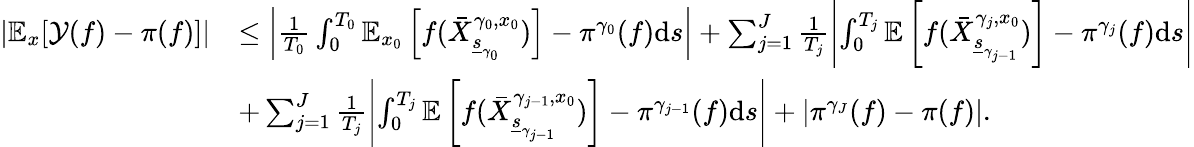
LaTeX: \begin{array}{rl}{\left|\mathbb{E}_{x}[\mathcal{Y}(f)-\pi(f)]\right|}&{\le\left|\frac{1}{T_{0}}\int_{0}^{T_{0}}\mathbb{E}_{x_{0}}\left[f(\bar{X}_{\underline{{s}}_{\gamma_{0}}}^{\gamma_{0},x_{0}})\right]-\pi^{\gamma_{0}}(f)\mathrm{d}s\right|+\sum_{j=1}^{J}\frac{1}{T_{j}}\left|\int_{0}^{T_{j}}\mathbb{E}\left[f(\bar{X}_{\underline{{s}}_{\gamma_{j-1}}}^{\gamma_{j},x_{0}})\right]-\pi^{\gamma_{j}}(f)\mathrm{d}s\right|}\\ &{+\sum_{j=1}^{J}\frac{1}{T_{j}}\left|\int_{0}^{T_{j}}\mathbb{E}\left[f(\bar{X}_{\underline{{s}}_{\gamma_{j-1}}}^{\gamma_{j-1},x_{0}})\right]-\pi^{\gamma_{j-1}}(f)\mathrm{d}s\right|+\left|\pi^{\gamma_{J}}(f)-\pi(f)\right|.}\end{array}